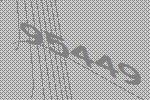
95449